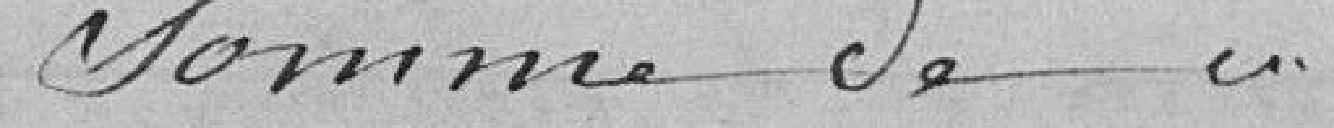
Somme de